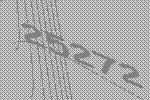
25272